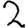
Digit: 2